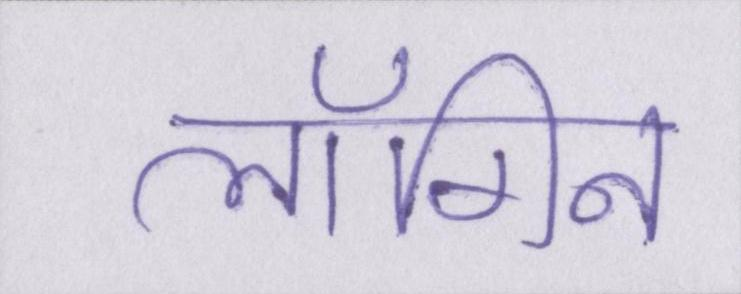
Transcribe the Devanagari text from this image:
लॉगिन